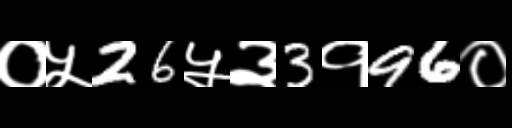
Text: ०५26५३3१96०